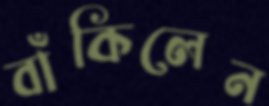
বাঁকিলেন